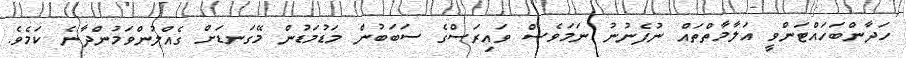
ހަދާންބަހައްޓަންވީ އަލާމާތްތައް ނުފެނުނު ނަމަވެސް ވައިރަސްގެ ސަބަބުން މަޑުމަޑުން މޭގަނޑަށް ގެއްލުންވަމުންދާނެ ކަމެވެ.